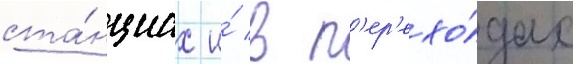
ста́нциах и́ в п'ер'ехо́дах